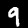
Digit: 9